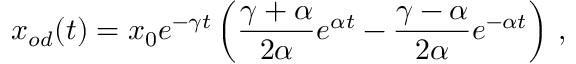
x _ { o d } ( t ) = x _ { 0 } e ^ { - \gamma t } \left( \frac { \gamma + \alpha } { 2 \alpha } e ^ { \alpha t } - \frac { \gamma - \alpha } { 2 \alpha } e ^ { - \alpha t } \right) \, ,